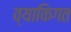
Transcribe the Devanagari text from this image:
व्याकिगत